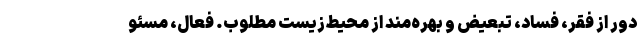
دور از فقر، فساد، تبعیض و بهره‌مند از محیط‌زیست مطلوب. فعال، مسئو